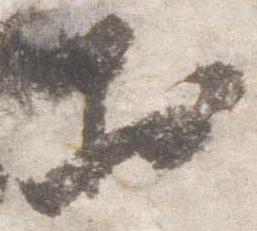
於